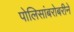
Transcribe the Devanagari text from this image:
पोलिसांबरोबरीने